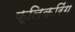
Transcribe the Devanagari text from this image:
फ्लिकरिंग